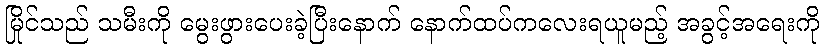
မြိုင်သည် သမီးကို မွေးဖွားပေးခဲ့ပြီးနောက် နောက်ထပ်ကလေးရယူမည့် အခွင့်အရေးကို